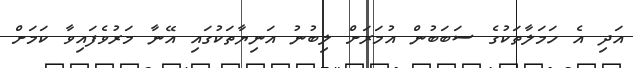
އަދި އެ ހަމަލާތަކުގެ ސަބަބުން އުމަރަށް ލިބުނު އަނިޔާތަކުގައި އޭނާ މަރުވެފައިވާ ކަމަށް